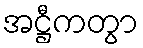
အဋ္ဌီကတွာ